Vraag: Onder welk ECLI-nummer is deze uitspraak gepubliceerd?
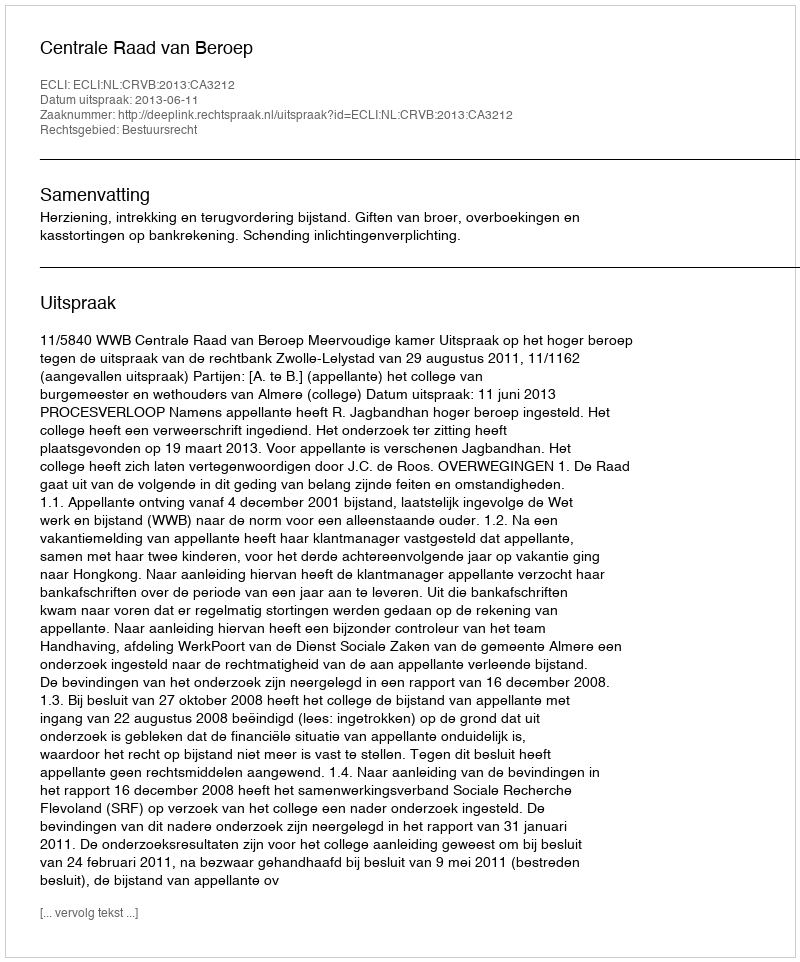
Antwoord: ECLI:NL:CRVB:2013:CA3212